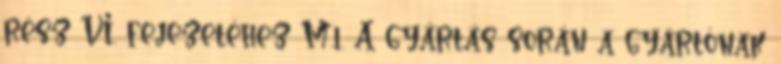
rész VI. fejezetéhez M.1. A gyártás során a gyártónak